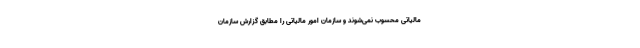
مالیاتی محسوب نمی‌شوند و سازمان امور مالیاتی را مطابق گزارش سازمان